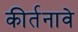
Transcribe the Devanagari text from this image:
कीर्तनावे